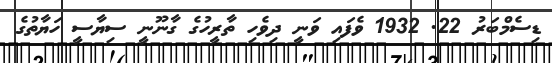
ޑިސެމްބަރު 22. 1932 ވެފައި ވަނީ ދިވެހި ތާރީހުގެ ގާނޫނީ ސިޔާސީ ހަޔާތުގެ